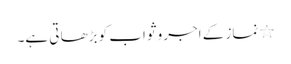
٭ نماز کے اجر و ثواب کو بڑھا تی ہے۔